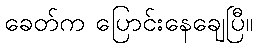
ခေတ်က ပြောင်းနေချေပြီ။